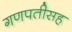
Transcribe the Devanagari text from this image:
गणपतीसह